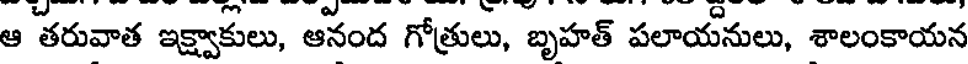
ఆ తరువాత ఇక్ష్వాకులు, ఆనంద గోత్రులు, బృహత్ పలాయనులు, శాలంకాయన